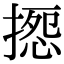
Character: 𢱽